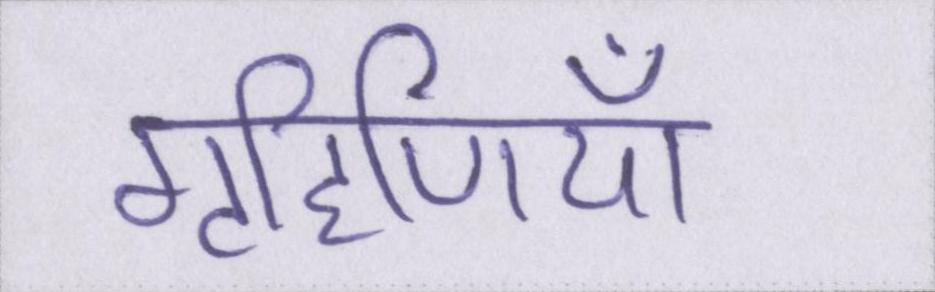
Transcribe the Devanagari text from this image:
गृहिणियाँ